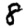
Digit: 8